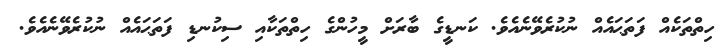
ހިތްތަކެއް ފަތަޙައެއް ނުކުރެވޭނެއެވެ. ކަނޑީގެ ބާރަށް މީހުންގެ ހިތްތަކާއި ސިކުނޑި ފަތަޙައެއް ނުކުރެވޭނެއެވެ.